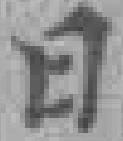
日